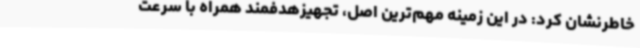
خاطرنشان کرد: در این زمینه مهم‌ترین اصل، تجهیزهدفمند همراه با سرعت